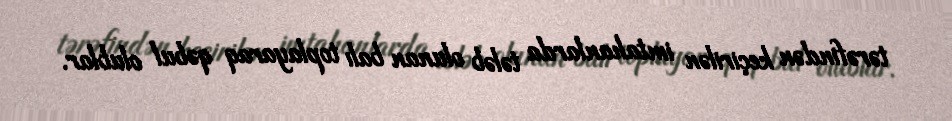
tərəfindən keçirilən imtahanlarda tələb olunan balı toplayaraq qəbul olublar.